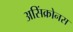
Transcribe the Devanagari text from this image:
असिंक्रोनस